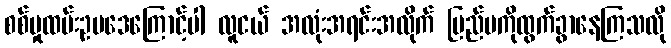
စစ်မှုထမ်းဥပဒေကြောင့်ပါ လူငယ် အလုံးအရင်းအလိုက် ပြည်ပကိုထွက်ခွာနေကြသလို